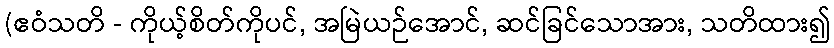
(ဧဝံသတိ - ကိုယ့်စိတ်ကိုပင်, အမြဲယဉ်အောင်, ဆင်ခြင်သောအား, သတိထား၍